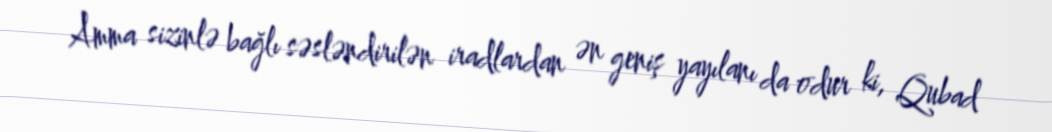
Amma sizinlə bağlı səsləndirilən iradlardan ən geniş yayılanı da odur ki, Qubad